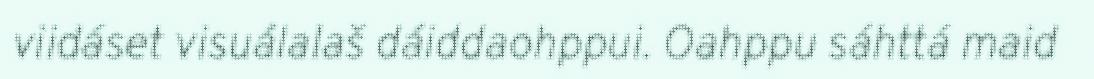
viidáset visuálalaš dáiddaohppui. Oahppu sáhttá maid